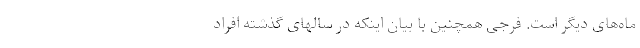
ماه‌های دیگر است. فرجی همچنین با بیان اینکه در سالهای گذشته افراد